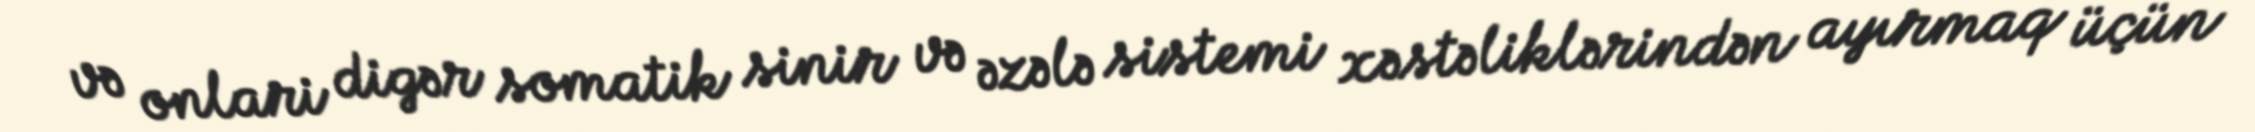
və onlari digər somatik sinir və əzələ sistemi xəstəliklərindən ayırmaq üçün